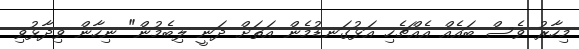
މިހާރު ވެސް ބައެއް އެއްޗެހި އަޅުގަނޑުމެން އަތަށް ދަނީ ލިބެމުން" ނިހާން ވިދާޅުވި